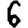
Digit: 6